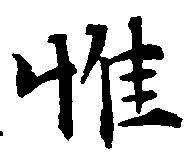
惟